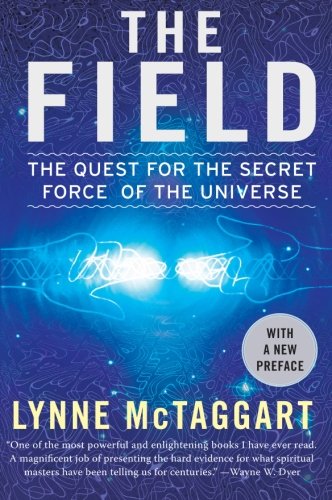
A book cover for The Field: The Quest for the Secret Force of the Universe; Lynne McTaggart; Science & Math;